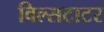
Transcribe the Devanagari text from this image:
विल्सटाटर